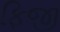
ફિજી